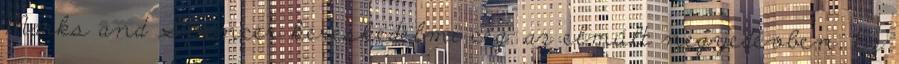
Marks and Spencer kereskedelmi cég: az elmúlt negyedévben. Ez